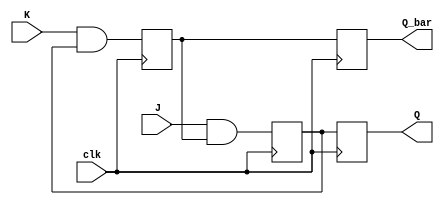
module jk_flip_flop (
    input wire J,
    input wire K,
    input wire clk,
    output reg Q,
    output reg Q_bar
);

reg master_Q;
reg master_Q_bar;

always @(posedge clk) begin
    master_Q <= J & master_Q_bar;
    master_Q_bar <= K & master_Q;
end

always @(negedge clk) begin
    Q <= master_Q;
    Q_bar <= master_Q_bar;
end

endmodule